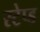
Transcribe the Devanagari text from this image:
स्टेप्ड